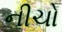
નીચો